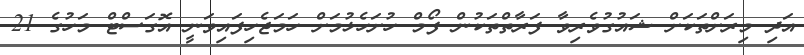
އަދި މިރަށްތަކަށް ޝައުގުވެރިވާ ފަރާތްތަކުން ފޯމް ހުށަހެޅުމަށް ހަމަޖެހިފައިވަނީ އޮގަސްޓް މަހުގެ 21